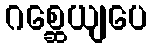
ဂစ္ဆေယျပေ